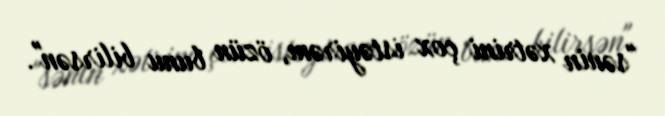
"sənin xətrini çox istəyirəm, özün bunu bilirsən".